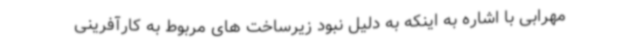
مهرابی با اشاره به اینکه به دلیل نبود زیرساخت های مربوط به کارآفرینی